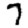
Digit: 7